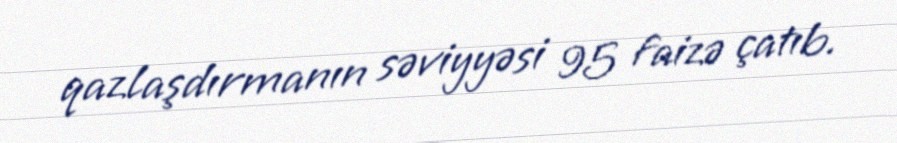
qazlaşdırmanın səviyyəsi 95 faizə çatıb.